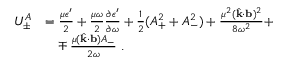
\begin{array} { r l } { U _ { \pm } ^ { A } } & { = \frac { \mu \epsilon ^ { \prime } } { 2 } + \frac { \mu \omega } { 2 } \frac { \partial \epsilon ^ { \prime } } { \partial \omega } + \frac { 1 } { 2 } ( A _ { + } ^ { 2 } + A _ { - } ^ { 2 } ) + \frac { \mu ^ { 2 } ( \hat { \bf { k } } \cdot { \bf { b } } ) ^ { 2 } } { 8 \omega ^ { 2 } } + } \\ & { \phantom { = } \mp \frac { \mu ( \hat { \bf { k } } \cdot { \bf { b } } ) A _ { - } } { 2 \omega } \; . } \end{array}